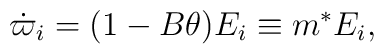
\dot{\varpi}_{i}=(1-B\theta)E_{i}\equiv m^*E_{i},